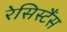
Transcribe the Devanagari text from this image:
रेसिस्टैंस